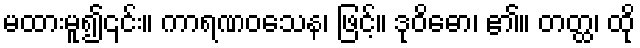
မထားမူ၍၎င်း။ ကာရဏဝသေန၊ ဖြင့်။ ဒုဝိဓော၊ ၏။ တတ္ထ၊ ထို